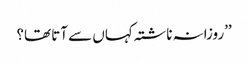
’’روزانہ ناشتہ کہاں سے آتا تھا؟